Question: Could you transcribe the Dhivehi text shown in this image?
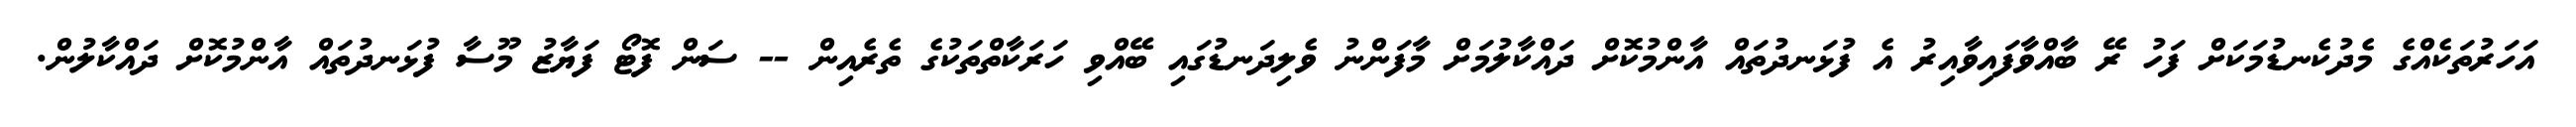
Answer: އަހަރުތަކެއްގެ މެދުކެނޑުމަކަށް ފަހު ރޭ ބާއްވާފައިވާއިރު އެ ފުޅަނދުތައް އާންމުކޮށް ދައްކާލުމަށް މާފަންނު ވެލިދަނޑުގައި ބޭއްވި ހަރަކާތްތަކުގެ ތެރެއިން -- ސަން ފޮޓޯ ފަޔާޒު މޫސާ ފުޅަނދުތައް އާންމުކޮށް ދައްކާލުން.